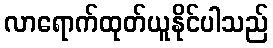
လာရောက်ထုတ်ယူနိုင်ပါသည်